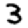
Digit: 3